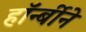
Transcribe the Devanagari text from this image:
हॉर्न्बीने